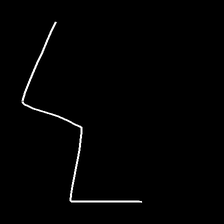
Glyph: crush